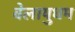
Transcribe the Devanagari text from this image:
वेलायुधम